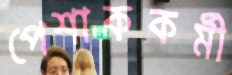
পেশাককর্মী